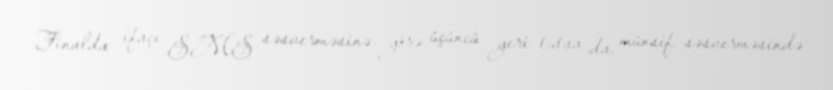
Finalda ifaçı SMS səsverməsinə görə üçüncü yeri tutsa da, münsif səsverməsində